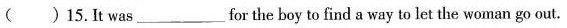
( )15.It was___for the boy to find a way to let the woman go out.